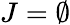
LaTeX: J=\emptyset